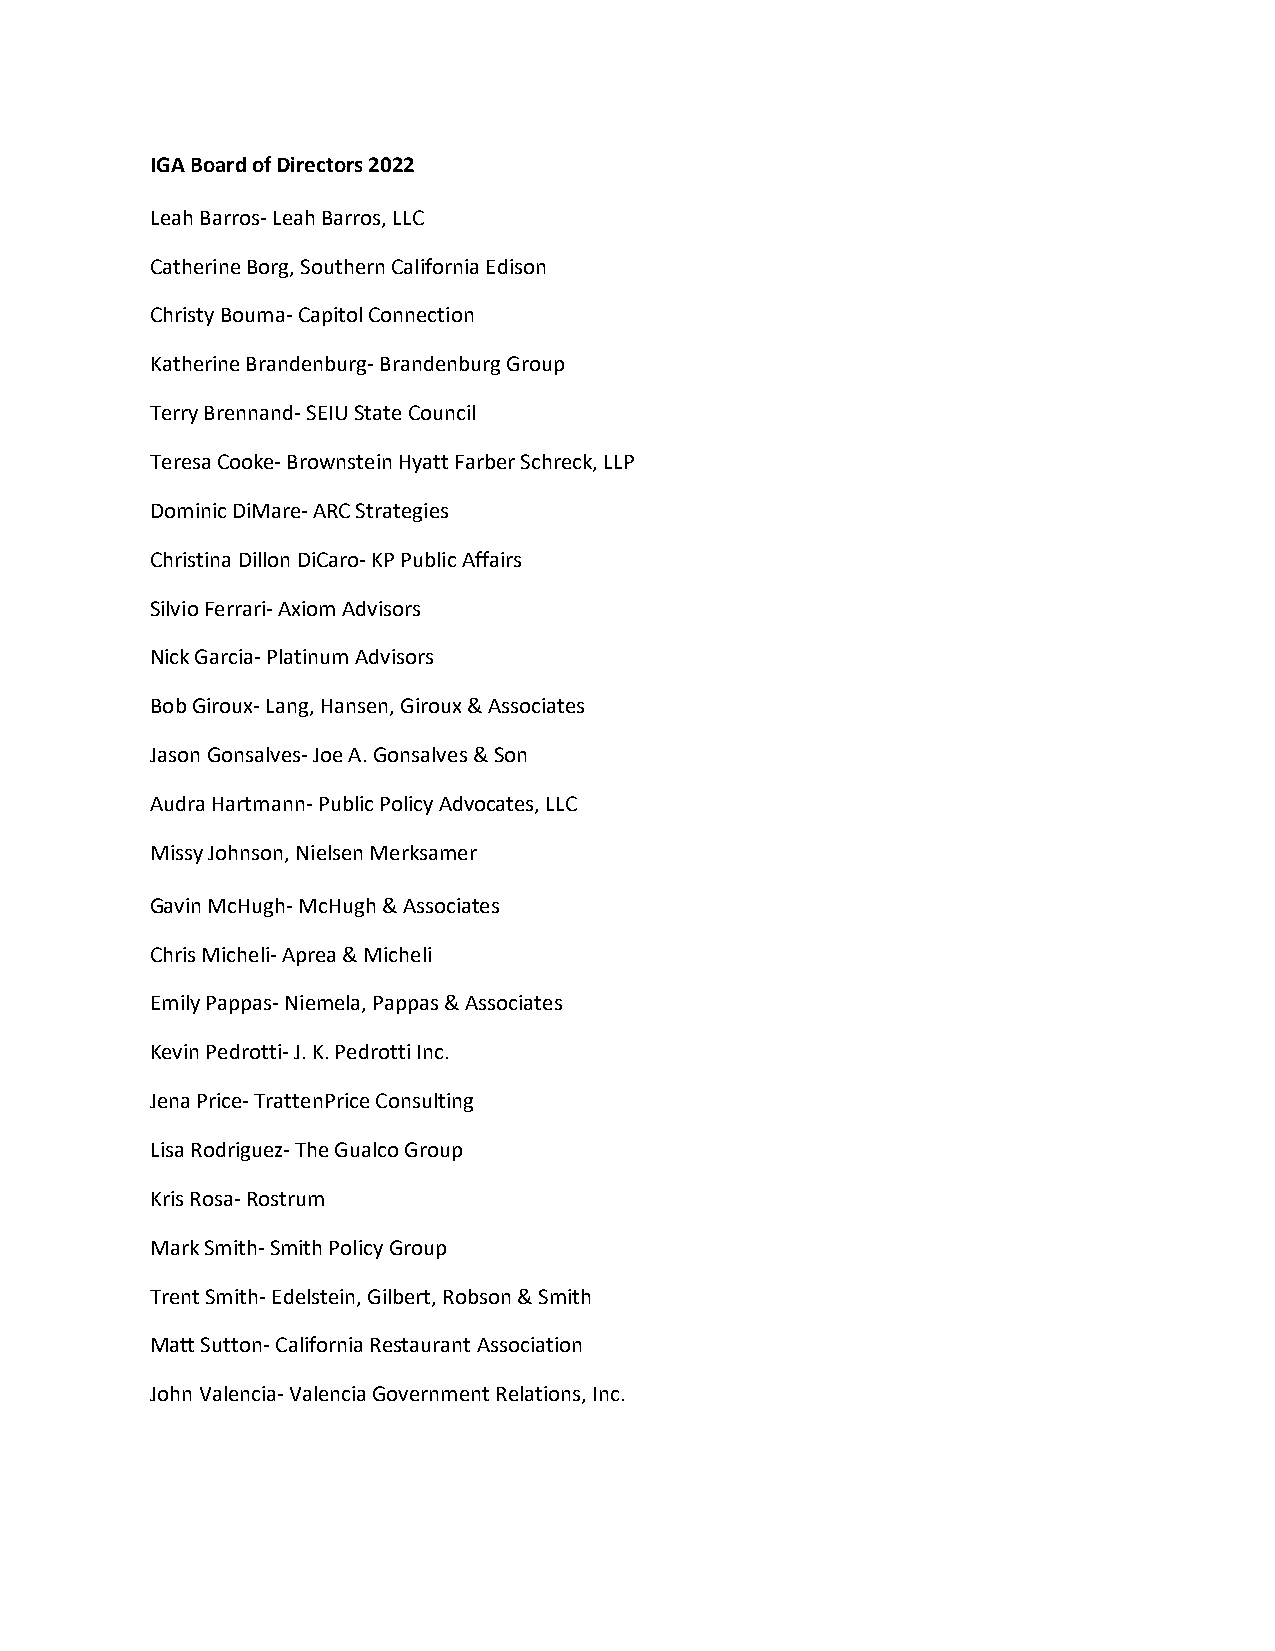
IGA Board of Directors 2022
 Leah Barros- Leah Barros, LLC
 Catherine Borg, Southern California Edison
 Christy Bouma- Capitol Connection
 Katherine Brandenburg- Brandenburg Group
 Terry Brennand- SEIU State Council
 Teresa Cooke- Brownstein Hyatt Farber Schreck, LLP
 Dominic DiMare- ARC Strategies
 Christina Dillon DiCaro- KP Public Affairs
 Silvio Ferrari- Axiom Advisors
 Nick Garcia- Platinum Advisors
 Bob Giroux- Lang, Hansen, Giroux & Associates
 Jason Gonsalves- Joe A. Gonsalves & Son
 Audra Hartmann- Public Policy Advocates, LLC
 Missy Johnson, Nielsen Merksamer
 Gavin McHugh- McHugh & Associates
 Chris Micheli- Aprea & Micheli
 Emily Pappas- Niemela, Pappas & Associates
 Kevin Pedrotti- J. K. Pedrotti Inc.
 Jena Price- TrattenPrice Consulting
 Lisa Rodriguez- The Gualco Group
 Kris Rosa- Rostrum
 Mark Smith- Smith Policy Group
 Trent Smith- Edelstein, Gilbert, Robson & Smith
 Matt Sutton- California Restaurant Association
 John Valencia- Valencia Government Relations, Inc.